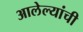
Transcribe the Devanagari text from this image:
आलेल्यांची